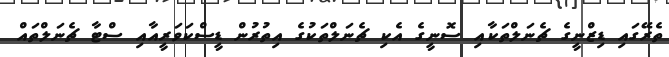
ތެރޭގައި ޑިޒްނީގެ ޗެނަލްތަކާއި ސޮނީގެ އެކި ޗެނަލްތަކުގެ އިތުރުން ޑީސްކަވަރީއާއި ސްޓާ ޗެނަލްތައް